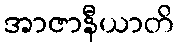
အာဇာနီယာတိ